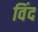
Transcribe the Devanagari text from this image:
विंद